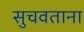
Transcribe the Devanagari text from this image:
सुचवताना